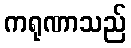
ကရုဏာသည်